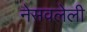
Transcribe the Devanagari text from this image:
नेसवलेली